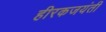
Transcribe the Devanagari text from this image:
हीरकजयंती